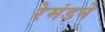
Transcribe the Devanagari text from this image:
रेमंडने